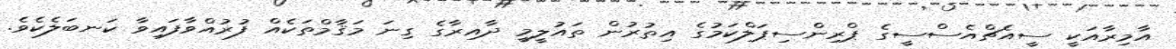
އާމިރާއަކީ ސީއެޗްއެސްސީގެ ޕްރިންސިޕަލްކަމުގެ އިތުރުން ތައުލީމީ ދާއިރާގެ ގިނަ މަޤާމްތަކެއް ފުރުއްވާފައިވާ ކަނބަލެކެވެ.